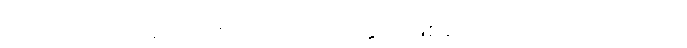
ကောင်းသည့်အလုပ်ကိုလက်ခံလိုက်ခြင်း ဖြစ်ကြောင်း ပြောထားသည်။